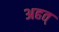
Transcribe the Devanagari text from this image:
अहत्